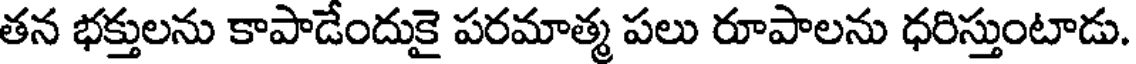
తన భక్తులను కాపాడేందుకై పరమాత్మ పలు రూపాలను ధరిస్తుంటాడు.